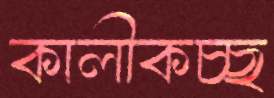
কালীকচ্ছ